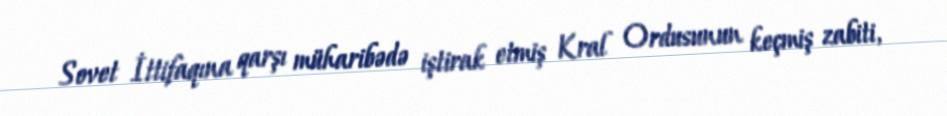
Sovet İttifaqına qarşı müharibədə iştirak etmiş Kral Ordusunun keçmiş zabiti,